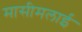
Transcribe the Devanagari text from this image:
मासीमलाई